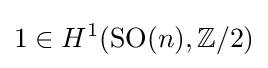
1\in H^{1}(\operatorname {SO} (n),\mathbb {Z} /2)